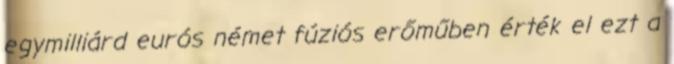
egymilliárd eurós német fúziós erőműben érték el ezt a